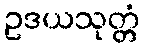
ဥဒယသုတ္တံ